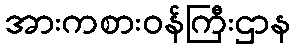
အားကစားဝန်ကြီးဌာန